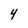
Character: 4